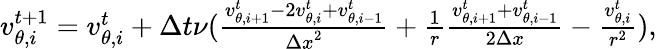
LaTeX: \begin{array}{r}{v_{\theta,i}^{t+1}=v_{\theta,i}^{t}+\Delta t\nu(\frac{v_{\theta,i+1}^{t}-2v_{\theta,i}^{t}+v_{\theta,i-1}^{t}}{{\Delta x}^{2}}+\frac{1}{r}\frac{v_{\theta,i+1}^{t}+v_{\theta,i-1}^{t}}{2\Delta x}-\frac{v_{\theta,i}^{t}}{r^{2}}),}\end{array}